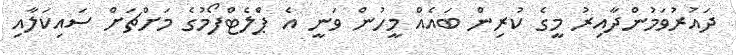
ދައުރުވަމުންދާއިރު މީގެ ކުރިން ބައެއް މީހުން ވަނީ އެ ޕްެލެޓްފޯމުގެ މަށްޗަށް ސައިކަލާއި